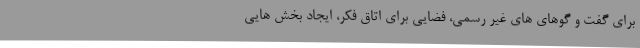
برای گفت و گوهای های غیر رسمی، فضایی برای اتاق فکر، ایجاد بخش هایی